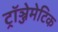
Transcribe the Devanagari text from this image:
ट्रॉञ्जेमेटिक